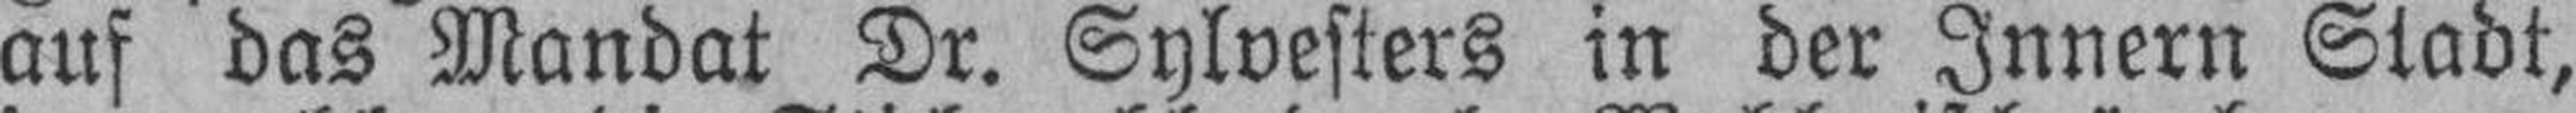
auf das Mandat Dr. Sylvesters in der Innern Stadt,